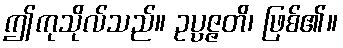
ဤကုသိုလ်သည်။ ဥပ္ပဇ္ဇတိ၊ ဖြစ်၏။